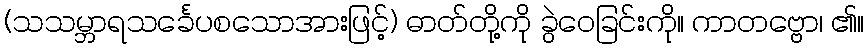
(သသမ္ဘာရသင်္ခေပစသောအားဖြင့်) ဓာတ်တို့ကို ခွဲဝေခြင်းကို။ ကာတဗ္ဗော၊ ၏။